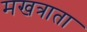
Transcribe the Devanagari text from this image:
मखत्राता